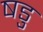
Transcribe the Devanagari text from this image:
षडु